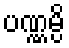
ပဏ္ဏမ္ပိ